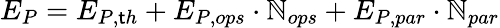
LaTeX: E_{P}=E_{P,\mathsf{t}h}+E_{P,ops}\cdot\mathbb{N}_{ops}+E_{P,par}\cdot\mathbb{N}_{par}